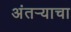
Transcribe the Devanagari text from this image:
अंतऱ्याचा